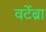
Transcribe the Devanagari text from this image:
वर्टेब्रा